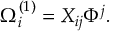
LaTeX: \Omega _ { i } ^ { ( 1 ) } = X _ { i j } \Phi ^ { j } .